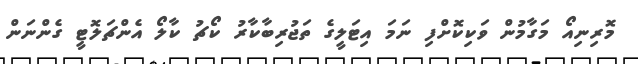
މޮރިނިއޯ މަގާމުން ވަކިކޮށްފި ނަމަ އިޓަލީގެ ތަޖުރިބާކާރު ކޯޗު ކާލޯ އެންޗަލޮޓީ ގެންނަން